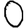
Digit: 0